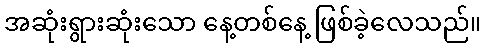
အဆုံးရွားဆုံးသော နေ့တစ်နေ့ ဖြစ်ခဲ့လေသည်။